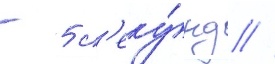
- 5 с'еку́нд //